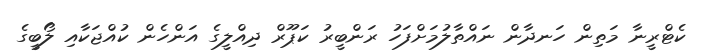
ކެޓްރީނާ މަތިން ހަނދާން ނައްތާލުމަށްފަހު ރަންބީރު ކަޕޫރް ދިއްލީގެ އަންހެން ކުއްޖަކާއި ލޯބީގެ